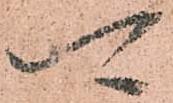
可